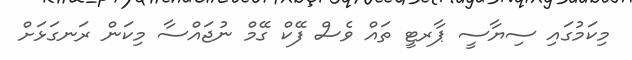
މިކަމުގައި ސިޔާސީ ޕާރޓީ ތައް ވެސް ފޭކް ގޭމް ނުޖައްސާ މިކަން ރަނގަޅަށް